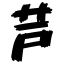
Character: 芦